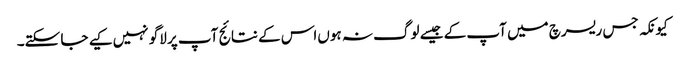
کیونکہ جس ریسرچ میں‌ آپ کے جیسے لوگ نہ ہوں‌اس کے نتائج آپ پر لاگو نہیں‌کیے جا سکتے۔